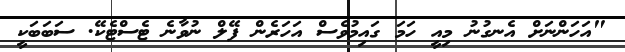
"އަހަންނަށް އެނގުނު މިއީ ހަމަ ގައިމުވެސް އަހަރެން ފޭލް ނުވާނެ ޓެސްޓެކޭ. ސަބަބަކީ